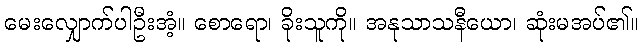
မေးလျှောက်ပါဦးအံ့။ စောရော၊ ခိုးသူကို။ အနုသာသနီယော၊ ဆုံးမအပ်၏။